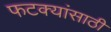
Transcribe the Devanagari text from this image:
फटक्यांसाठी